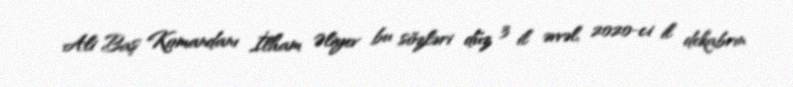
Ali Baş Komandanı İlham Əliyev bu sözləri düz 3 il əvvəl, 2020-ci il dekabrın